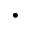
\cdot